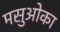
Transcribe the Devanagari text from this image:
मसुओका